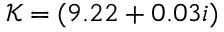
\mathcal { K } = ( 9 . 2 2 + 0 . 0 3 i )